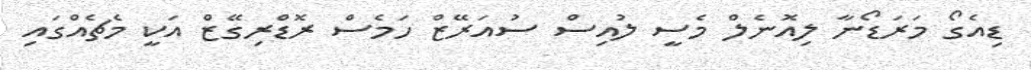
ޑިއެގޯ މަރަޑޯނާ ލިއޮނެލް މެސީ ލުއިސް ސުއަރޭޒް ހަމެސް ރޮޑްރިގޭޒް އަކީ މެޗެއްގައި